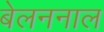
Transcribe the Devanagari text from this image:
बेलननाल